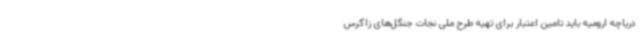
دریاچه ارومیه باید تامین اعتبار برای تهیه طرح ملی نجات جنگل‌های زاگرس